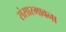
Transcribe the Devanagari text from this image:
संसारभावना